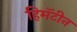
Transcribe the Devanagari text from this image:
हिमॅटीन